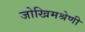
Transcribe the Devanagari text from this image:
जोखिमश्रेणी